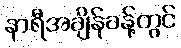
နာရီအချိန်ခန့်တွင်